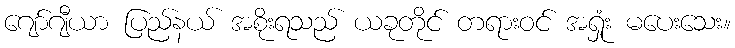
ဂျော်ဂျီယာ ပြည်နယ် အစိုးရသည် ယခုတိုင် တရားဝင် အရှုံး မပေးသေး။